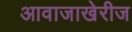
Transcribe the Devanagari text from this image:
आवाजाखेरीज